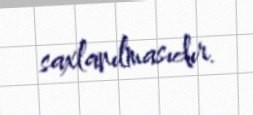
saxlanılmasıdır.